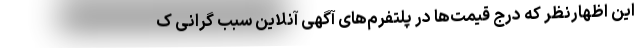
این اظهارنظر که درج قیمت‌ها در پلتفرم‌های آگهی آنلاین سبب گرانی ک